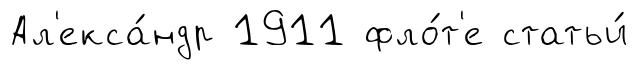
Ал'екса́ндр 1911 фло́т'е статьи́